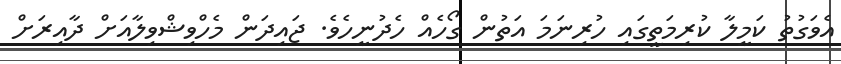
އެވަގުތު ކަމީލާ ކުރިމަތީގައި ހުރިނަމަ އަތުން ގޯހެއް ހެދުނީހެވެ. ޖައިދަން މެހްވިޝްވިލާއަށް ދާއިރަށް